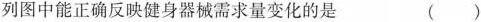
列图中能正确反映健身器械需求量变化的是 ( )